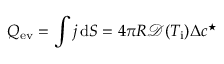
Q _ { \mathrm { e v } } = \int j \, \mathrm { d } S = 4 \pi R \mathcal { D } ( T _ { \mathrm { i } } ) \Delta c ^ { \star }